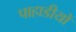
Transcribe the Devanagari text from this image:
पाहाडीयों